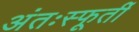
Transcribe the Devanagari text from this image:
अंतःस्फूर्ती